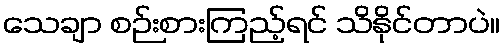
သေချာ စဉ်းစားကြည့်ရင် သိနိုင်တာပဲ။